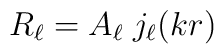
R_\ell = A_\ell \; j_\ell (kr)